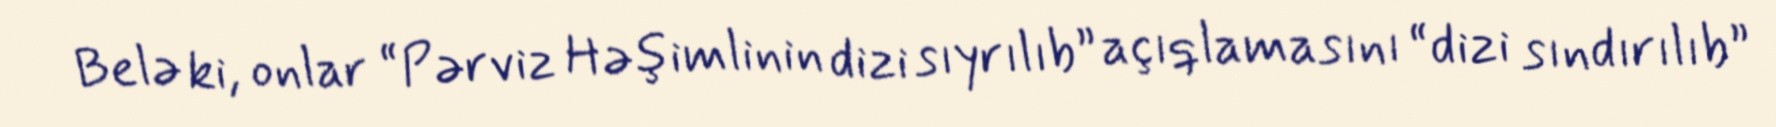
Belə ki, onlar “Pərviz Həşimlinin dizi sıyrılıb” açıqlamasını “dizi sındırılıb”